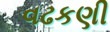
વઢકણી